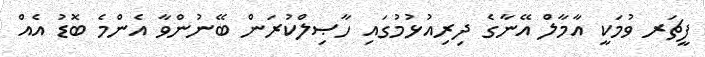
ފީޗަރ ވުމަކީ އާމާލް އޭނާގެ ދިރިއުޅުމުގައި ހާޞިލްކުރަން ބޭނުންވާ އެންމެ ބޮޑު އެއް